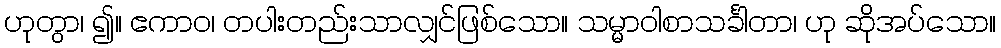
ဟုတွာ၊ ၍။ ဧကာဝ၊ တပါးတည်းသာလျှင်ဖြစ်သော။ သမ္မာဝါစာသင်္ခါတာ၊ ဟု ဆိုအပ်သော။